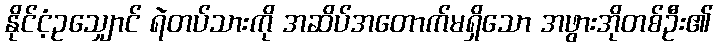
နိုင်ငံ့ဥသျှောင် ရဲတပ်သားကို အဆိပ်အတောက်မရှိသော အဖွားအိုတစ်ဦး၏